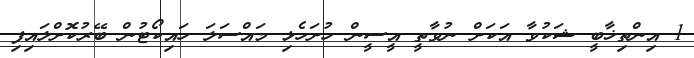
1 އިންތިޚާބީ ޝަކުވާ އަކަށް ނުވާތީ އީސީން ހުށަހެޅި މައްސަލަ ހައިކޯޓުން ބޭރުކޮށްލައިފި